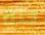
جنة